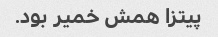
پیتزا همش خمیر بود.